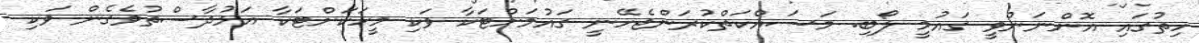
ހިތުގައި އޮންނަންވީ ގައުމީ ލޯބި. މަސައްކަތްކުރަންޖެހޭނީ ގައުމަށްޓަކާ ވަކި މީހަކަށްޓަކާ އަޅުދާސްތުވެގެން ވަކި